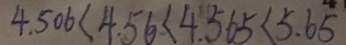
4 . 5 0 6 < 4 . 5 6 < 4 . 5 6 5 < 5 . 6 5